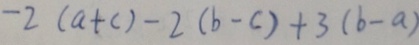
- 2 ( a + c ) - 2 ( b - c ) + 3 ( b - a )